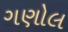
ગણોલ